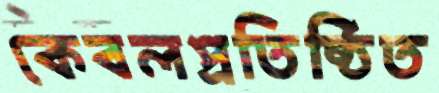
কেবলপ্রতিষ্ঠিত